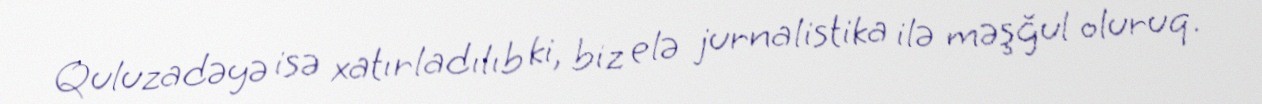
Quluzadəyə isə xatırladılıb ki, biz elə jurnalistika ilə məşğul oluruq.